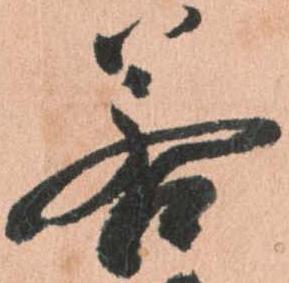
若